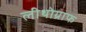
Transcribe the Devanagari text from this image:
लीथोग्राफ